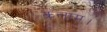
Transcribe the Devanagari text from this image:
कलाम।